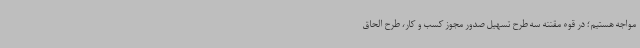
مواجه هستیم؛ در قوه مقننه سه طرح تسهیل صدور مجوز کسب و کار، طرح الحاق